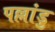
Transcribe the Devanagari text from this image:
पल्लांडु